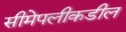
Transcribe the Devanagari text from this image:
सीमेपलीकडील